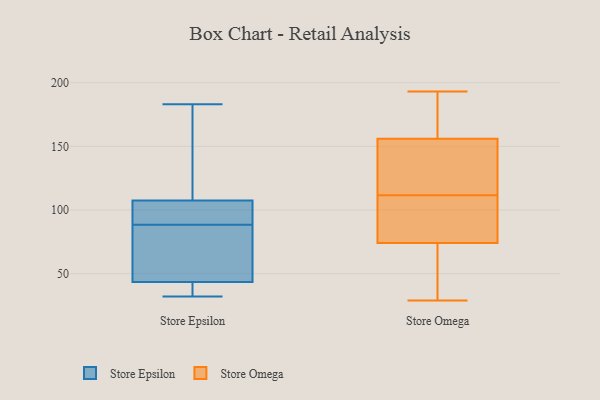
{"axis": {"x": "Latency (ms)", "y": "Value"}, "legend": ["Store Epsilon", "Store Omega"], "data": [{"x": "", "y": 39, "type": "Store Epsilon"}, {"x": "", "y": 33, "type": "Store Epsilon"}, {"x": "", "y": 92, "type": "Store Epsilon"}, {"x": "", "y": 48, "type": "Store Epsilon"}, {"x": "", "y": 73, "type": "Store Epsilon"}, {"x": "", "y": 152, "type": "Store Epsilon"}, {"x": "", "y": 109, "type": "Store Epsilon"}, {"x": "", "y": 85, "type": "Store Epsilon"}, {"x": "", "y": 102, "type": "Store Epsilon"}, {"x": "", "y": 74, "type": "Store Epsilon"}, {"x": "", "y": 175, "type": "Store Epsilon"}, {"x": "", "y": 183, "type": "Store Epsilon"}, {"x": "", "y": 106, "type": "Store Epsilon"}, {"x": "", "y": 105, "type": "Store Epsilon"}, {"x": "", "y": 32, "type": "Store Epsilon"}, {"x": "", "y": 38, "type": "Store Epsilon"}, {"x": "", "y": 102, "type": "Store Omega"}, {"x": "", "y": 189, "type": "Store Omega"}, {"x": "", "y": 30, "type": "Store Omega"}, {"x": "", "y": 166, "type": "Store Omega"}, {"x": "", "y": 150, "type": "Store Omega"}, {"x": "", "y": 156, "type": "Store Omega"}, {"x": "", "y": 74, "type": "Store Omega"}, {"x": "", "y": 126, "type": "Store Omega"}, {"x": "", "y": 148, "type": "Store Omega"}, {"x": "", "y": 44, "type": "Store Omega"}, {"x": "", "y": 121, "type": "Store Omega"}, {"x": "", "y": 86, "type": "Store Omega"}, {"x": "", "y": 82, "type": "Store Omega"}, {"x": "", "y": 193, "type": "Store Omega"}, {"x": "", "y": 82, "type": "Store Omega"}, {"x": "", "y": 29, "type": "Store Omega"}, {"x": "", "y": 178, "type": "Store Omega"}, {"x": "", "y": 73, "type": "Store Omega"}]}